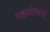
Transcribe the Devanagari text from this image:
महादोषांचे